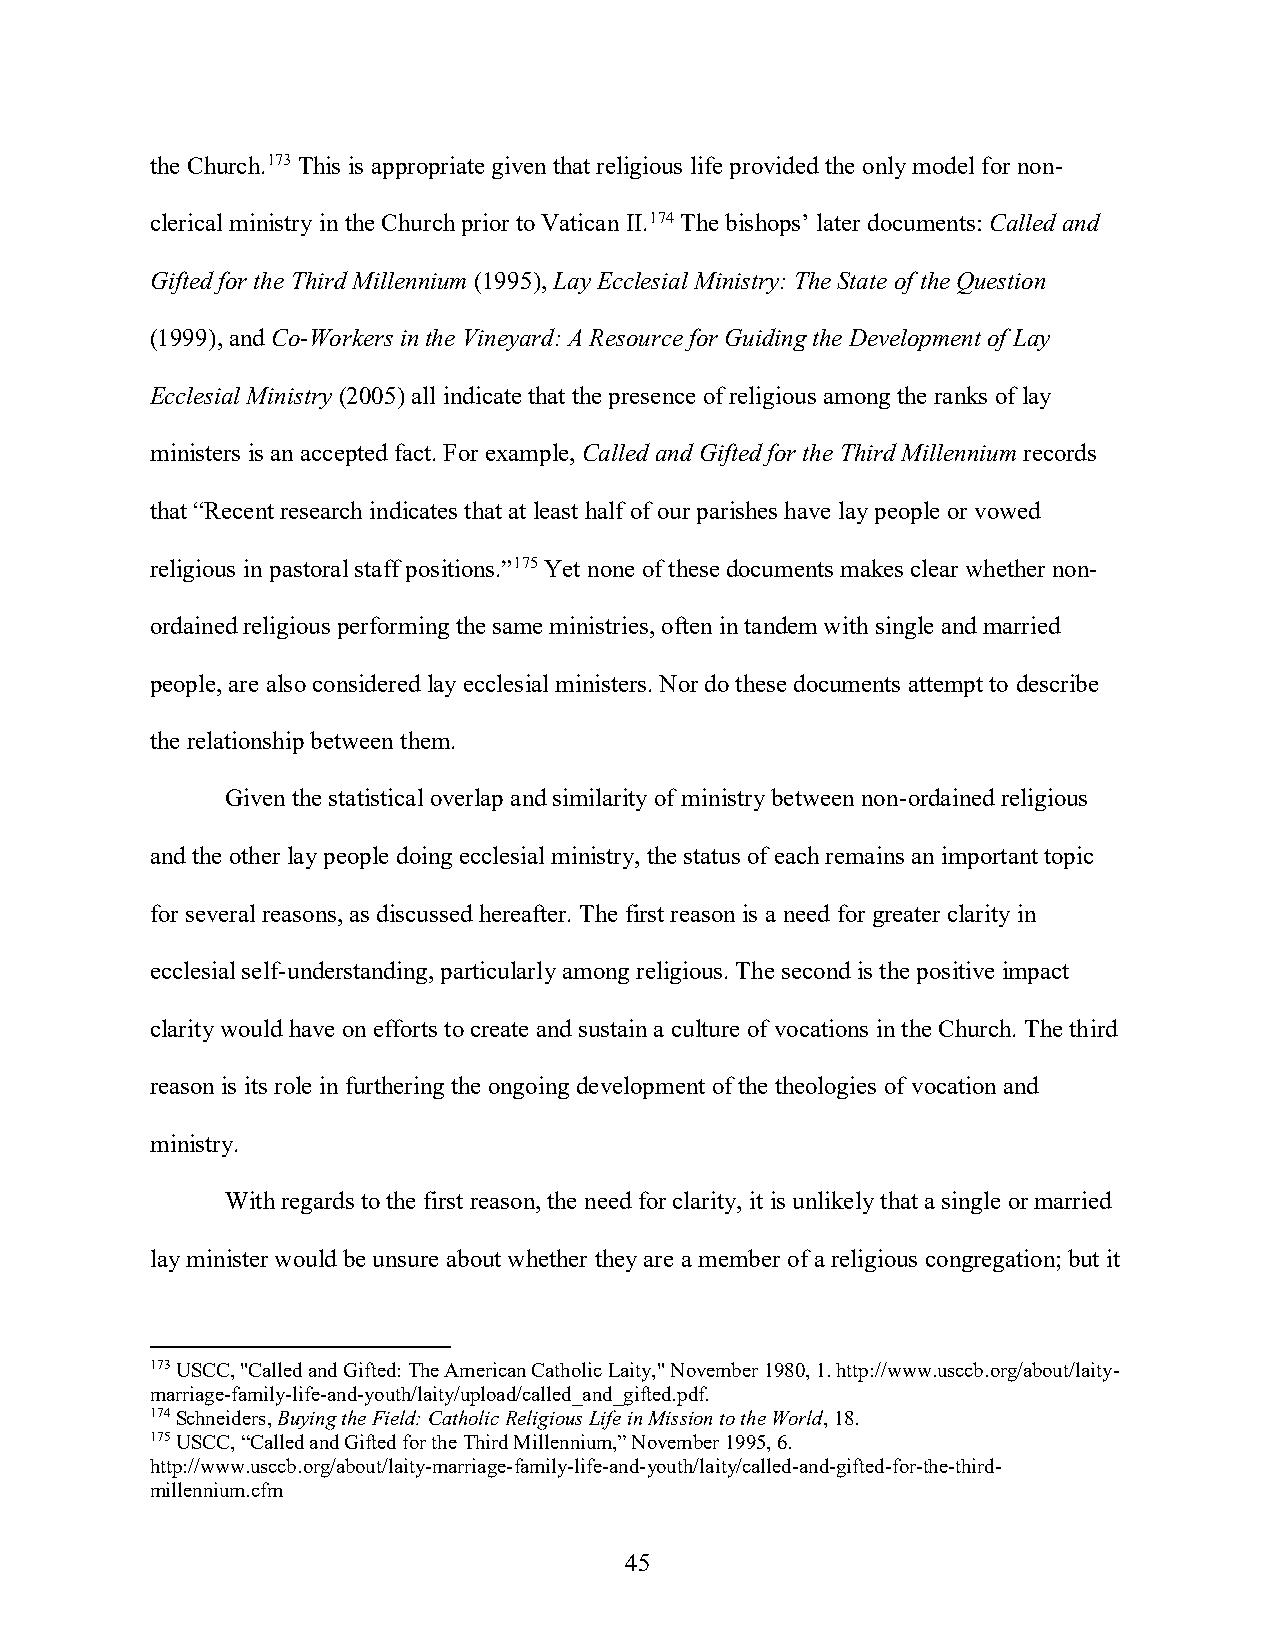
the Church.173 This is appropriate given that religious life provided the only model for non-
 clerical ministry in the Church prior to Vatican II.174 The bishops’ later documents: Called and
 Gifted for the Third Millennium (1995), Lay Ecclesial Ministry: The State of the Question
 (1999), and Co-Workers in the Vineyard: A Resource for Guiding the Development of Lay
 Ecclesial Ministry (2005) all indicate that the presence of religious among the ranks of lay
 ministers is an accepted fact. For example, Called and Gifted for the Third Millennium records
 that “Recent research indicates that at least half of our parishes have lay people or vowed
 religious in pastoral staff positions.”175 Yet none of these documents makes clear whether non-
 ordained religious performing the same ministries, often in tandem with single and married
 people, are also considered lay ecclesial ministers. Nor do these documents attempt to describe
 the relationship between them.
 Given the statistical overlap and similarity of ministry between non-ordained religious
 and the other lay people doing ecclesial ministry, the status of each remains an important topic
 for several reasons, as discussed hereafter. The first reason is a need for greater clarity in
 ecclesial self-understanding, particularly among religious. The second is the positive impact
 clarity would have on efforts to create and sustain a culture of vocations in the Church. The third
 reason is its role in furthering the ongoing development of the theologies of vocation and
 ministry.
 With regards to the first reason, the need for clarity, it is unlikely that a single or married
 lay minister would be unsure about whether they are a member of a religious congregation; but it
 173 USCC, "Called and Gifted: The American Catholic Laity," November 1980, 1. http://www.usccb.org/about/laity-
 marriage-family-life-and-youth/laity/upload/called_and_gifted.pdf.
 174 Schneiders, Buying the Field: Catholic Religious Life in Mission to the World, 18.
 175 USCC, “Called and Gifted for the Third Millennium,” November 1995, 6.
 http://www.usccb.org/about/laity-marriage-family-life-and-youth/laity/called-and-gifted-for-the-third-
 millennium.cfm
 45